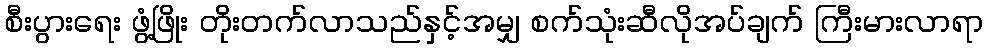
စီးပွားရေး ဖွံ့ဖြိုး တိုးတက်လာသည်နှင့်အမျှ စက်သုံးဆီလိုအပ်ချက် ကြီးမားလာရာ